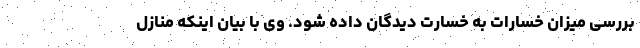
بررسی میزان خسارات به خسارت دیدگان داده شود. وی با بیان اینکه منازل